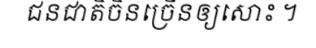
ជនជាតិចិនច្រើនឲ្យសោះ ។